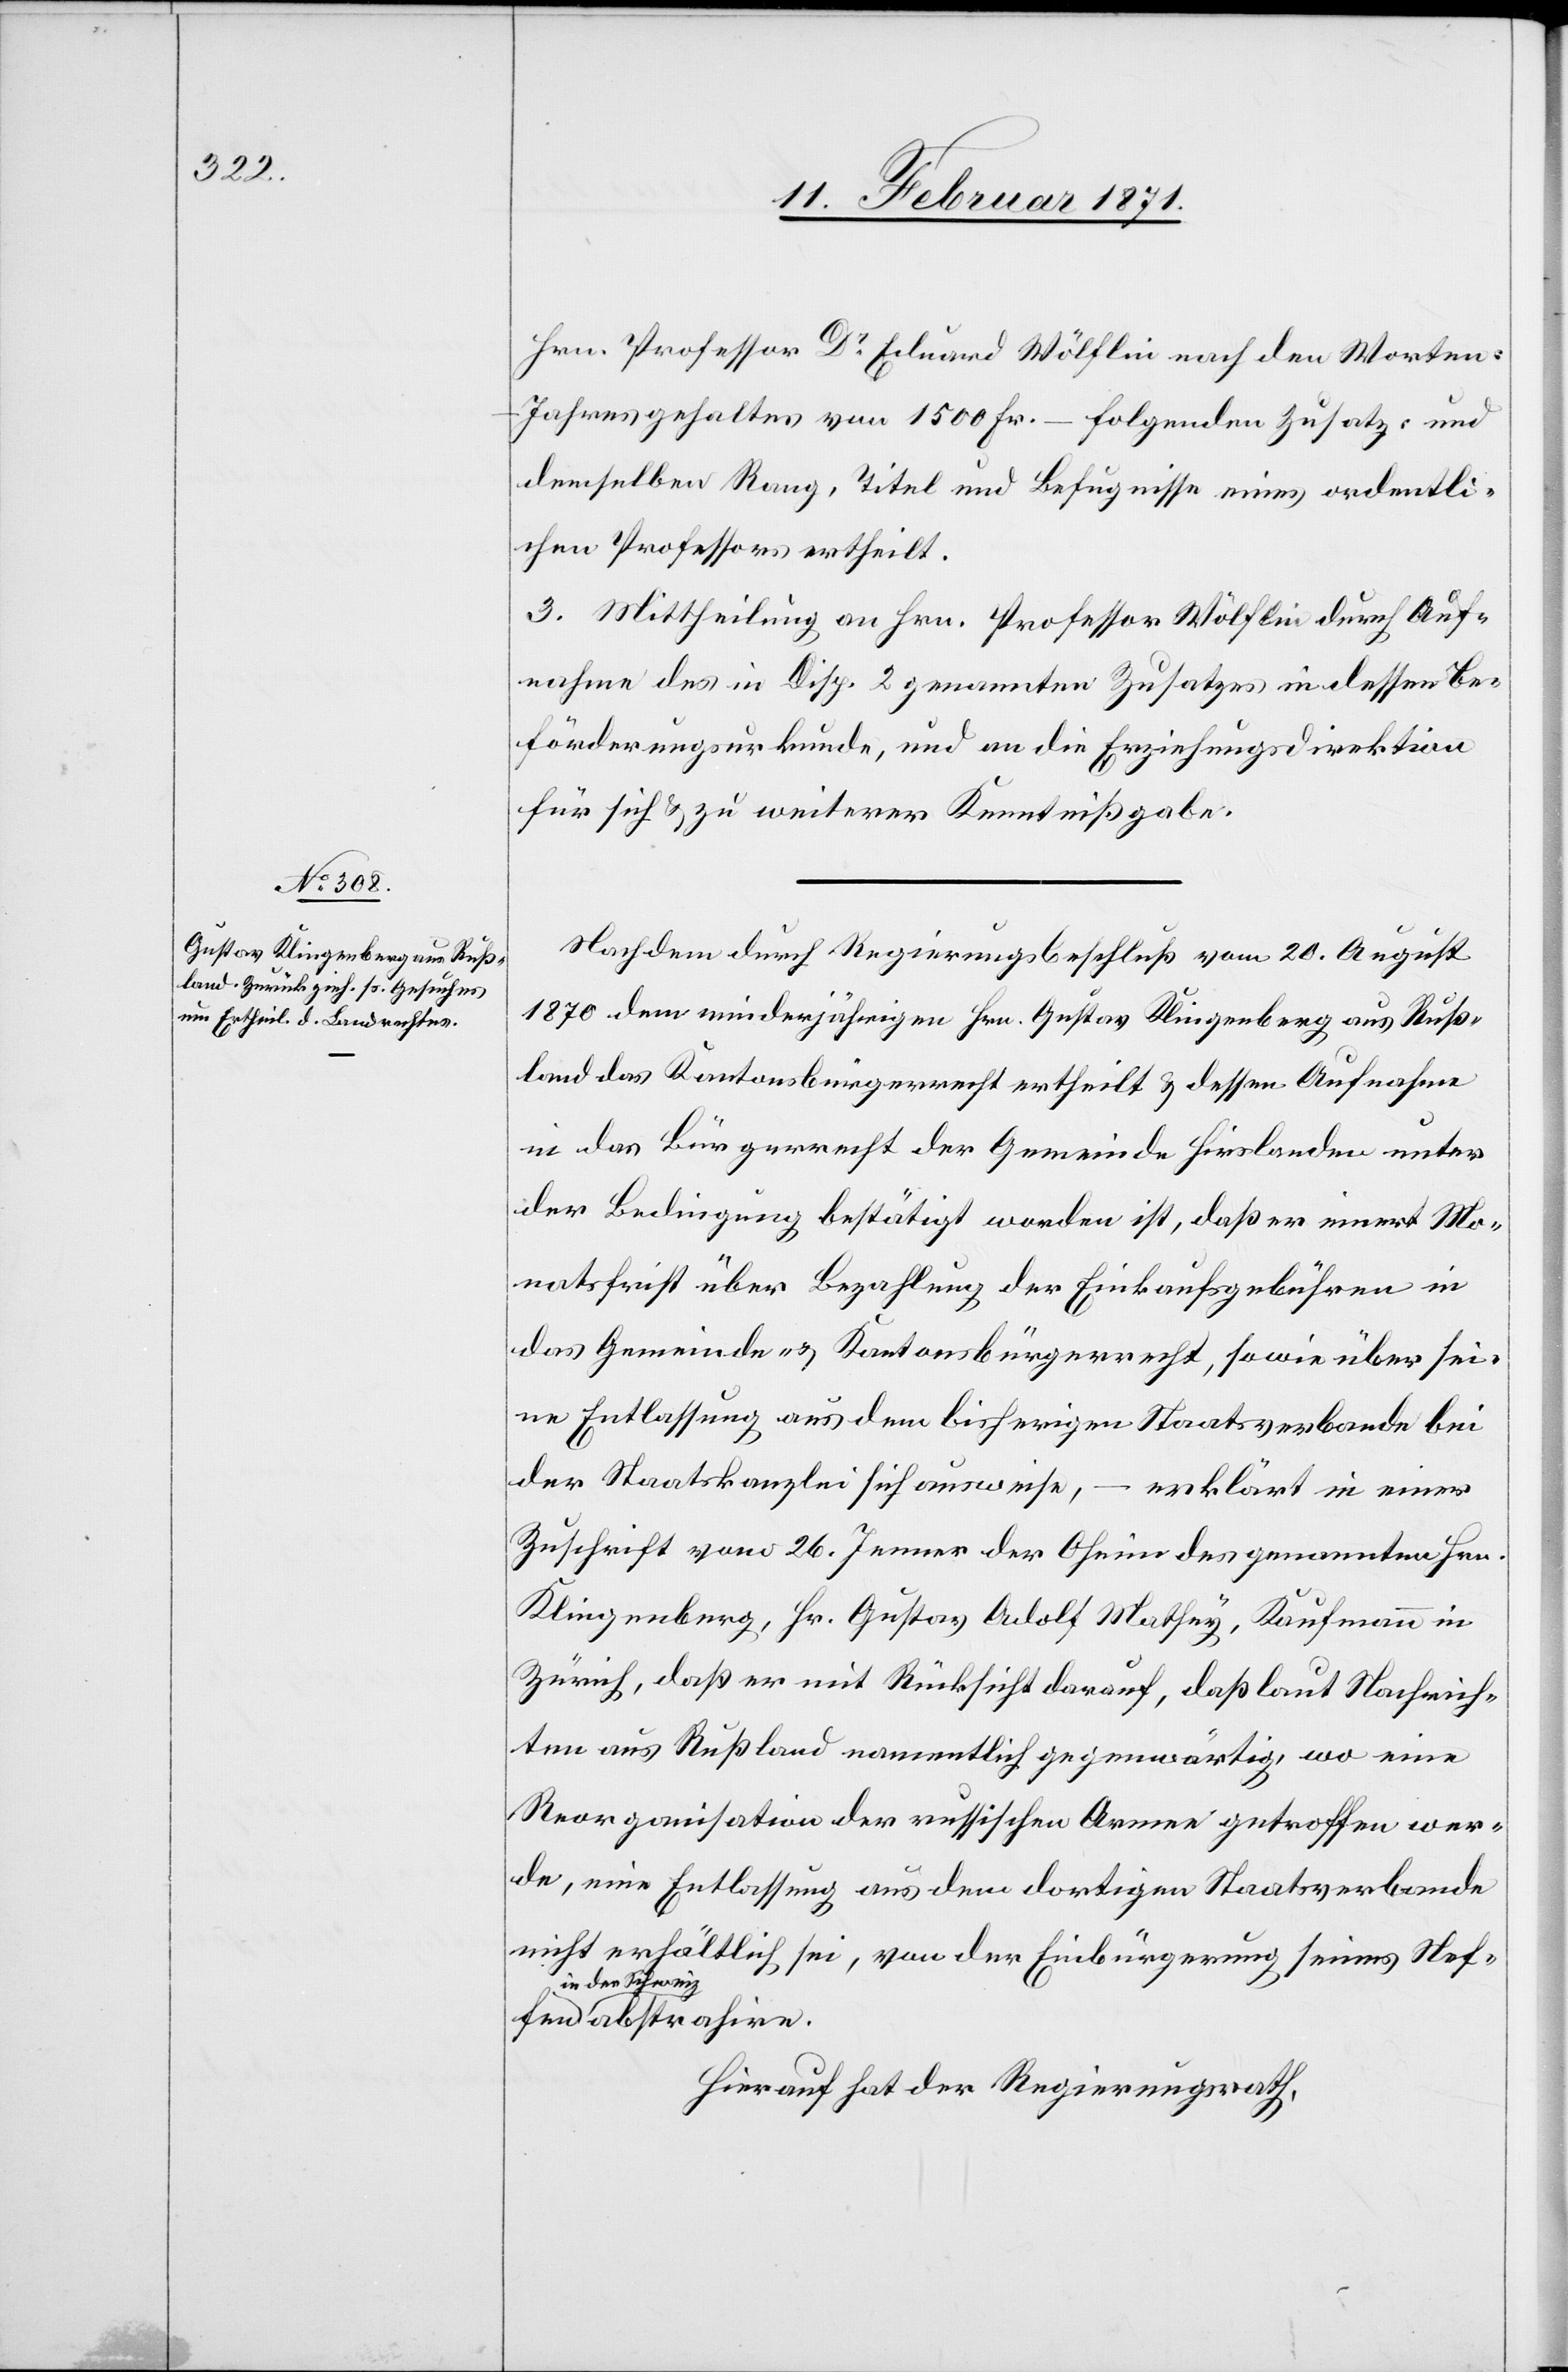
Hrn. Professor Dr. Eduard Wölflin nach den Worten:
Jahresgehaltes von 1500 Fr. – folgenden Zusatz: und
demselben Rang, Titel und Befugnisse eines ordentli¬
chen Professors ertheilt.
3. Mittheilung an Hrn. Professor Wölflin durch Auf¬
nahme des in Disp. 2 genannten Zusatzes in dessen Be¬
förderungsurkunde, und an die Erziehungsdirektion
für sich u. zu weiterer Kenntnißgabe.
Nach dem durch Regierungsbeschluß vom 20. August
1870 dem minderjährigen Hrn. Gustav Klingenberg aus Ruß¬
land das Kantonsbürgerrecht ertheilt u. dessen Aufnahme
in das Bürgerrecht der Gemeinde Hirslanden unter
der Bedingung bestätigt worden ist, daß er innert Mo¬
natsfrist über Bezahlung der Einkaufsgebühren in
das Gemeinde- u. Kantonsbürgerrecht, sowie über sei¬
ne Entlassung aus dem bisherigen Staatsverbande bei
der Staatskanzlei sich ausweise,
erklärt in einer
Zuschrift vom 26. Jenner der Oheim des genannten Hrn.
Klingenberg, Hr. Gustav Adolf Mathey, Kaufmann in
Zürich, daß er mit Rücksicht darauf, daß laut Nachrich¬
ten aus Rußland namentlich gegenwärtig, wo eine
Reorganisation der russischen Armee getroffen wer¬
de, eine Entlassung aus dem dortigen Staatsverbande
nicht erhältlich sei, von der Einbürgerung seines Neffen
in der Schweiz
abstrahire.
Hierauf hat der Regierungsrath,